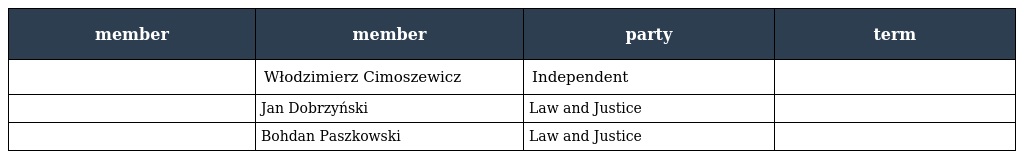
| member | member | party | term |
 | --- | --- | --- | --- |
 |  | Włodzimierz Cimoszewicz | Independent |  |
 |  | Jan Dobrzyński | Law and Justice |  |
 |  | Bohdan Paszkowski | Law and Justice |  |